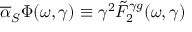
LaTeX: \overline { { { \alpha } } } _ { S } \Phi ( \omega , \gamma ) \equiv \gamma ^ { 2 } \tilde { F } _ { 2 } ^ { \gamma g } ( \omega , \gamma )